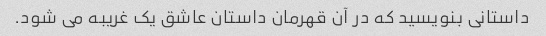
داستانی بنویسید که در آن قهرمان داستان عاشق یک غریبه می شود.